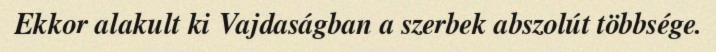
Ekkor alakult ki Vajdaságban a szerbek abszolút többsége.